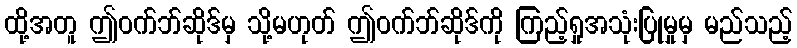
ထို့အတူ ဤဝက်ဘ်ဆိုဒ်မှ သို့မဟုတ် ဤဝက်ဘ်ဆိုဒ်ကို ကြည့်ရှုအသုံးပြုမှုမှ မည်သည့်